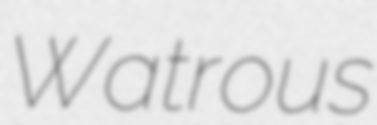
Watrous